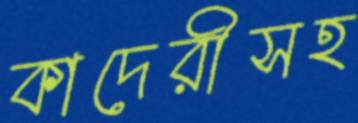
কাদেরীসহ